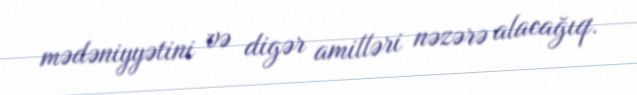
mədəniyyətini və digər amilləri nəzərə alacağıq.